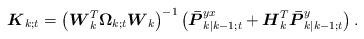
LaTeX: \begin{align*}{{\boldsymbol{K}}_{k;t}} = {\left( {{\boldsymbol{W}}_k^T{{\boldsymbol{\Omega }}_{k;t}}{{\boldsymbol{W}}_k}} \right)^{ - 1}}\left( {{\boldsymbol{\bar P}}_{k|k - 1;t}^{yx} + {\boldsymbol{H}}_k^T{\boldsymbol{\bar P}}_{k|k - 1;t}^y} \right).\end{align*}